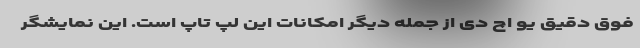
فوق دقیق یو اچ دی از جمله دیگر امکانات این لپ تاپ است. این نمایشگر